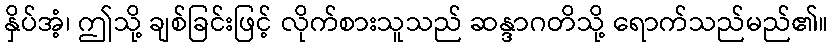
နှိပ်အံ့၊ ဤသို့ ချစ်ခြင်းဖြင့် လိုက်စားသူသည် ဆန္ဒာဂတိသို့ ရောက်သည်မည်၏။